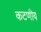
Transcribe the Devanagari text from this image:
कटणीय